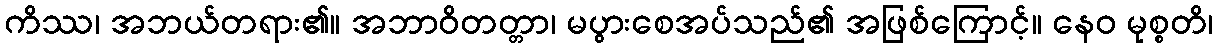
ကိဿ၊ အဘယ်တရား၏။ အဘာဝိတတ္တာ၊ မပွားစေအပ်သည်၏ အဖြစ်ကြောင့်။ နေဝ မုစ္စတိ၊